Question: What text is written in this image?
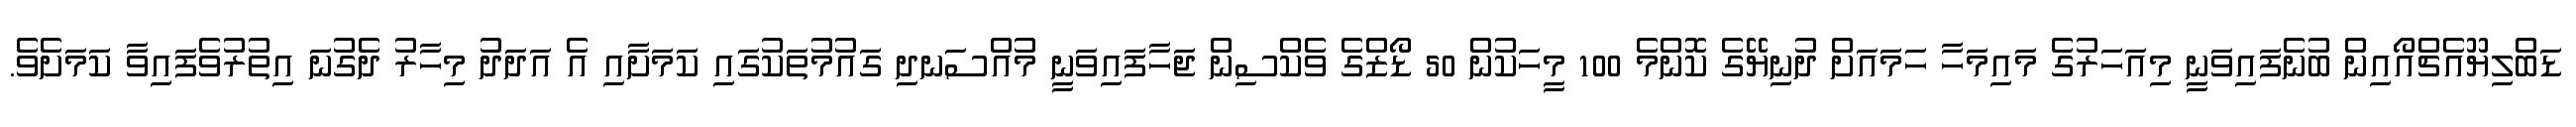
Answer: ޑަބްލިޔޫއެޗްއޯއިން ބުނެފައިވަނީ މިއަހަރުގެ މައިމަހާ ހަމައަށް ދުނިޔޭގެ ކޮންމެ 100 މީހަކުން 50 ޑޯޒްގެ ވެކްސިން ޖަހާފައިވަނީ މުއްސަނދި ގައުމުތަކުގައި ކަމަށާއި އެ އަދަދު މިހާރު ދެގުނަ އިތުރުވެފައިވާ ކަމަށެވެ.